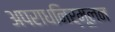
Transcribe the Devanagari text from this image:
अपराधनिर्मूलन